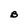
Character: B